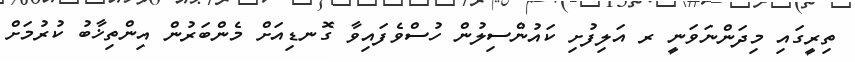
ތިރީގައި މިދަންނަވަނީ ރ އަލިފުށި ކައުންސިލުން ހުސްވެފައިވާ ގޮނޑިއަށް މެންބަރުން އިންތިޚާބު ކުރުމަށް